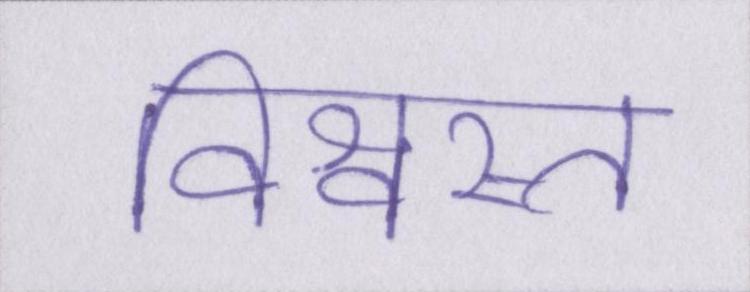
विश्वस्त